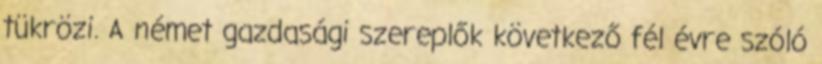
tükrözi. A német gazdasági szereplők következő fél évre szóló